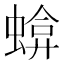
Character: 𧍬